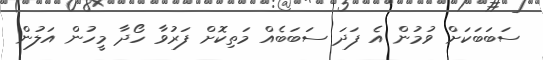
ސަބަބަކަށް ވުމުން އެ ފަދަ ސަބަބެއް މަތިކޮށް ފަރުވާ ހޯދާ މީހުން އަލުން